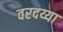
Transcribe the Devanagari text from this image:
वरदय्या